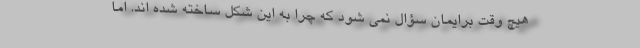
هیچ وقت برایمان سؤال نمی شود که چرا به این شکل ساخته شده اند. اما